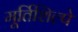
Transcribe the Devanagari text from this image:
मूर्तिशिल्पे